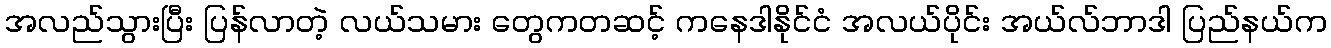
အလည်သွားပြီး ပြန်လာတဲ့ လယ်သမား တွေကတဆင့် ကနေဒါနိုင်ငံ အလယ်ပိုင်း အယ်လ်ဘာဒါ ပြည်နယ်က